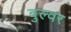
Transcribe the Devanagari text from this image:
बुल्वर